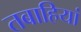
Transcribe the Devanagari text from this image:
तबाहियां